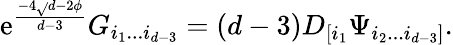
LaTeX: \mathrm{e}^{\frac{{-4\sqrt{}{{d-2}}\phi}}{{d-3}}}G_{i_{1}...i_{d-3}}=(d-3)D_{[i_{1}}\Psi_{i_{2}...i_{d-3}]}.